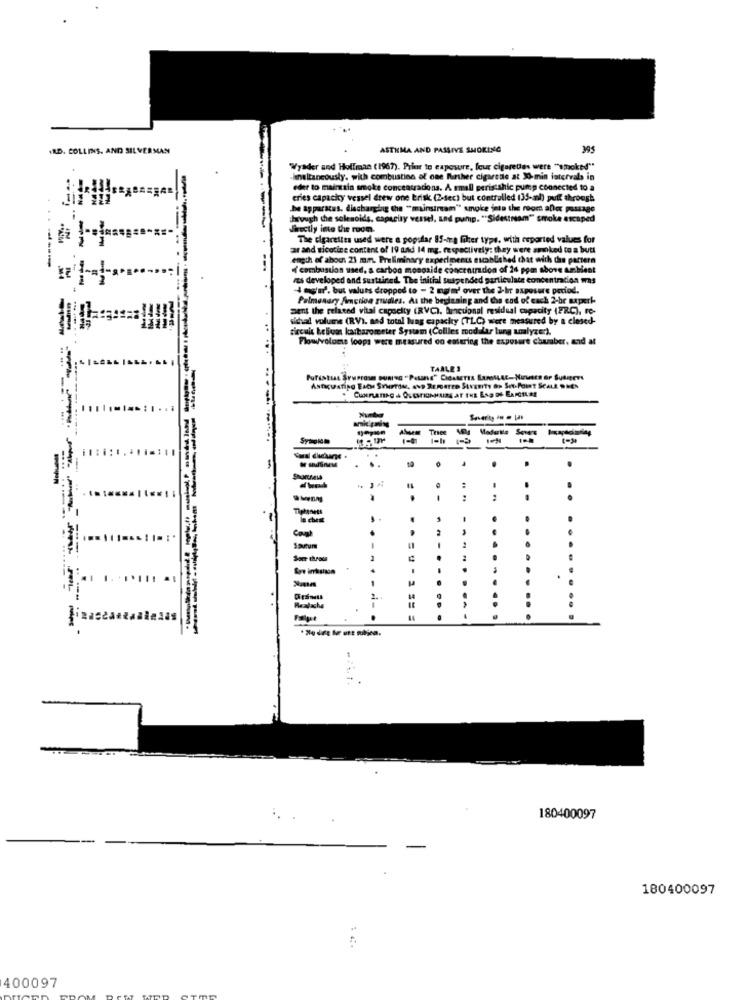
IRD. COLLINS, AND SILVERMAN
ASTHMA AND PASSIVE SMOKING
395
Wysder and Hollman (1967). Prior to exposure, leur cigaretas were "1,0ok ?! "
linalancously, with combustion of one further cigarette at 0-min intervals in
eder to maintain smoke concentradons. A small perisishic pump connected to a
-
cries capacity vessel drew one Erisk (2-dec) but controlled (35-al) putt through
he apparatus, discharging the "mainstream" smoke into the room aller passage
Iwvugh the solenoids, capacity vessel, und pump. "Sidestnam"" smoke escaped
shectly into the ruce.
The cigarettes used were a popstar 85-ra fiber type, with reported values for
ar and nicotine content of 19 and 14 mg. respectively; they were smoked to a butt
----
ength of about 23 min. Preliminary experiments sscablished that with the pattern
(combustion used, a carbon mongaide concentrdon of 24 pomn above ambient
res developed and sustained. The initial Suspended particulate concentration was
Imgur'. but valuts dropped to - 2 mgm' over the 2-hr saposure period.
Pulmonary Amction grudies. As the beylesing and the end of each 2-be uxperk-
sent the related vital capacity (RVC). boncuonal residual capacity (FRC), re-
sichal volume (RV). med total lung capacity [TLC) were measured by a closed-
circuit helvas karbarometer System (Collles modular lung analyzer).
Flowvolume loops were measured oo entering the exposure chuaber, and at
TABLES
Astacustipo Estys Surrou. Avp Remaren Stvomity &p Set-Point SCALE WHEN
Tree
Modelle Sovers
. ..
:
:
..
Cool
- -
1
== =
180400097
180400097
400097